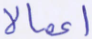
أعمالا